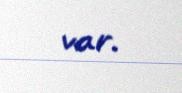
var.